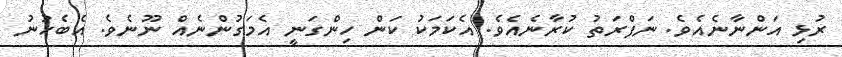
ރުޅި އަންނާނެއެވެ. ނަފްރަތު ކުރާނެއެވެ. އެކަމަކު ކަން ހިންގަނީ އެމަގުންނެއް ނޫނެވެ. އެބެހުނު